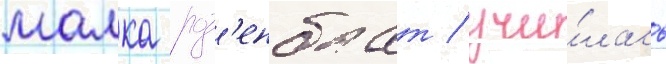
малка роз'енблат / учи́лась